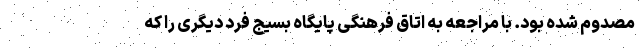
مصدوم شده بود. با مراجعه به اتاق فرهنگی پایگاه بسیج فرد دیگری را که